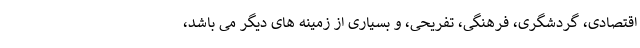
اقتصادی، گردشگری، فرهنگی، تفریحی، و بسیاری از زمینه های دیگر می باشد،